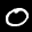
Label: 0